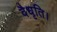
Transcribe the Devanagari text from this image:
वैधृति।